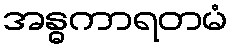
အန္ဓကာရတမံ